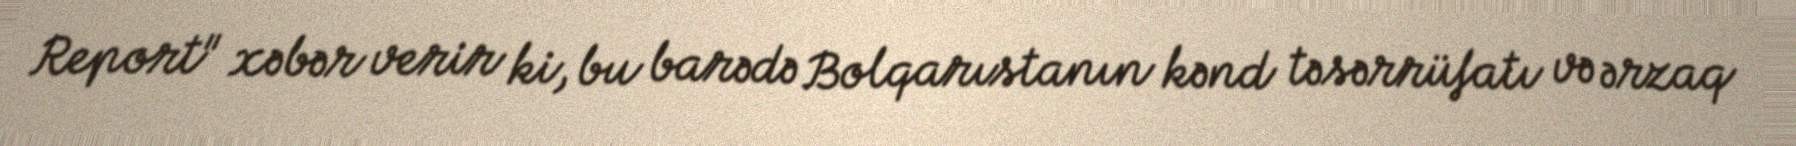
Report" xəbər verir ki, bu barədə Bolqarıstanın kənd təsərrüfatı və ərzaq